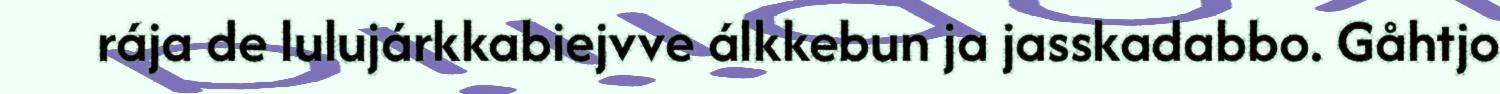
rája de lulujárkkabiejvve álkkebun ja jasskadabbo. Gåhtjo